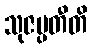
သုဇမ္ပတီတိ